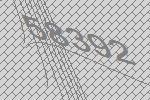
58392